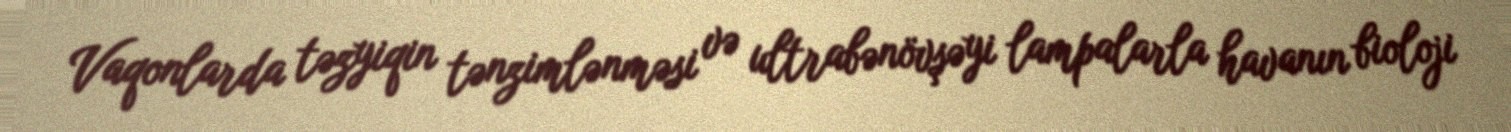
Vaqonlarda təzyiqin tənzimlənməsi və ultrabənövşəyi lampalarla havanın bioloji